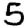
Digit: 5